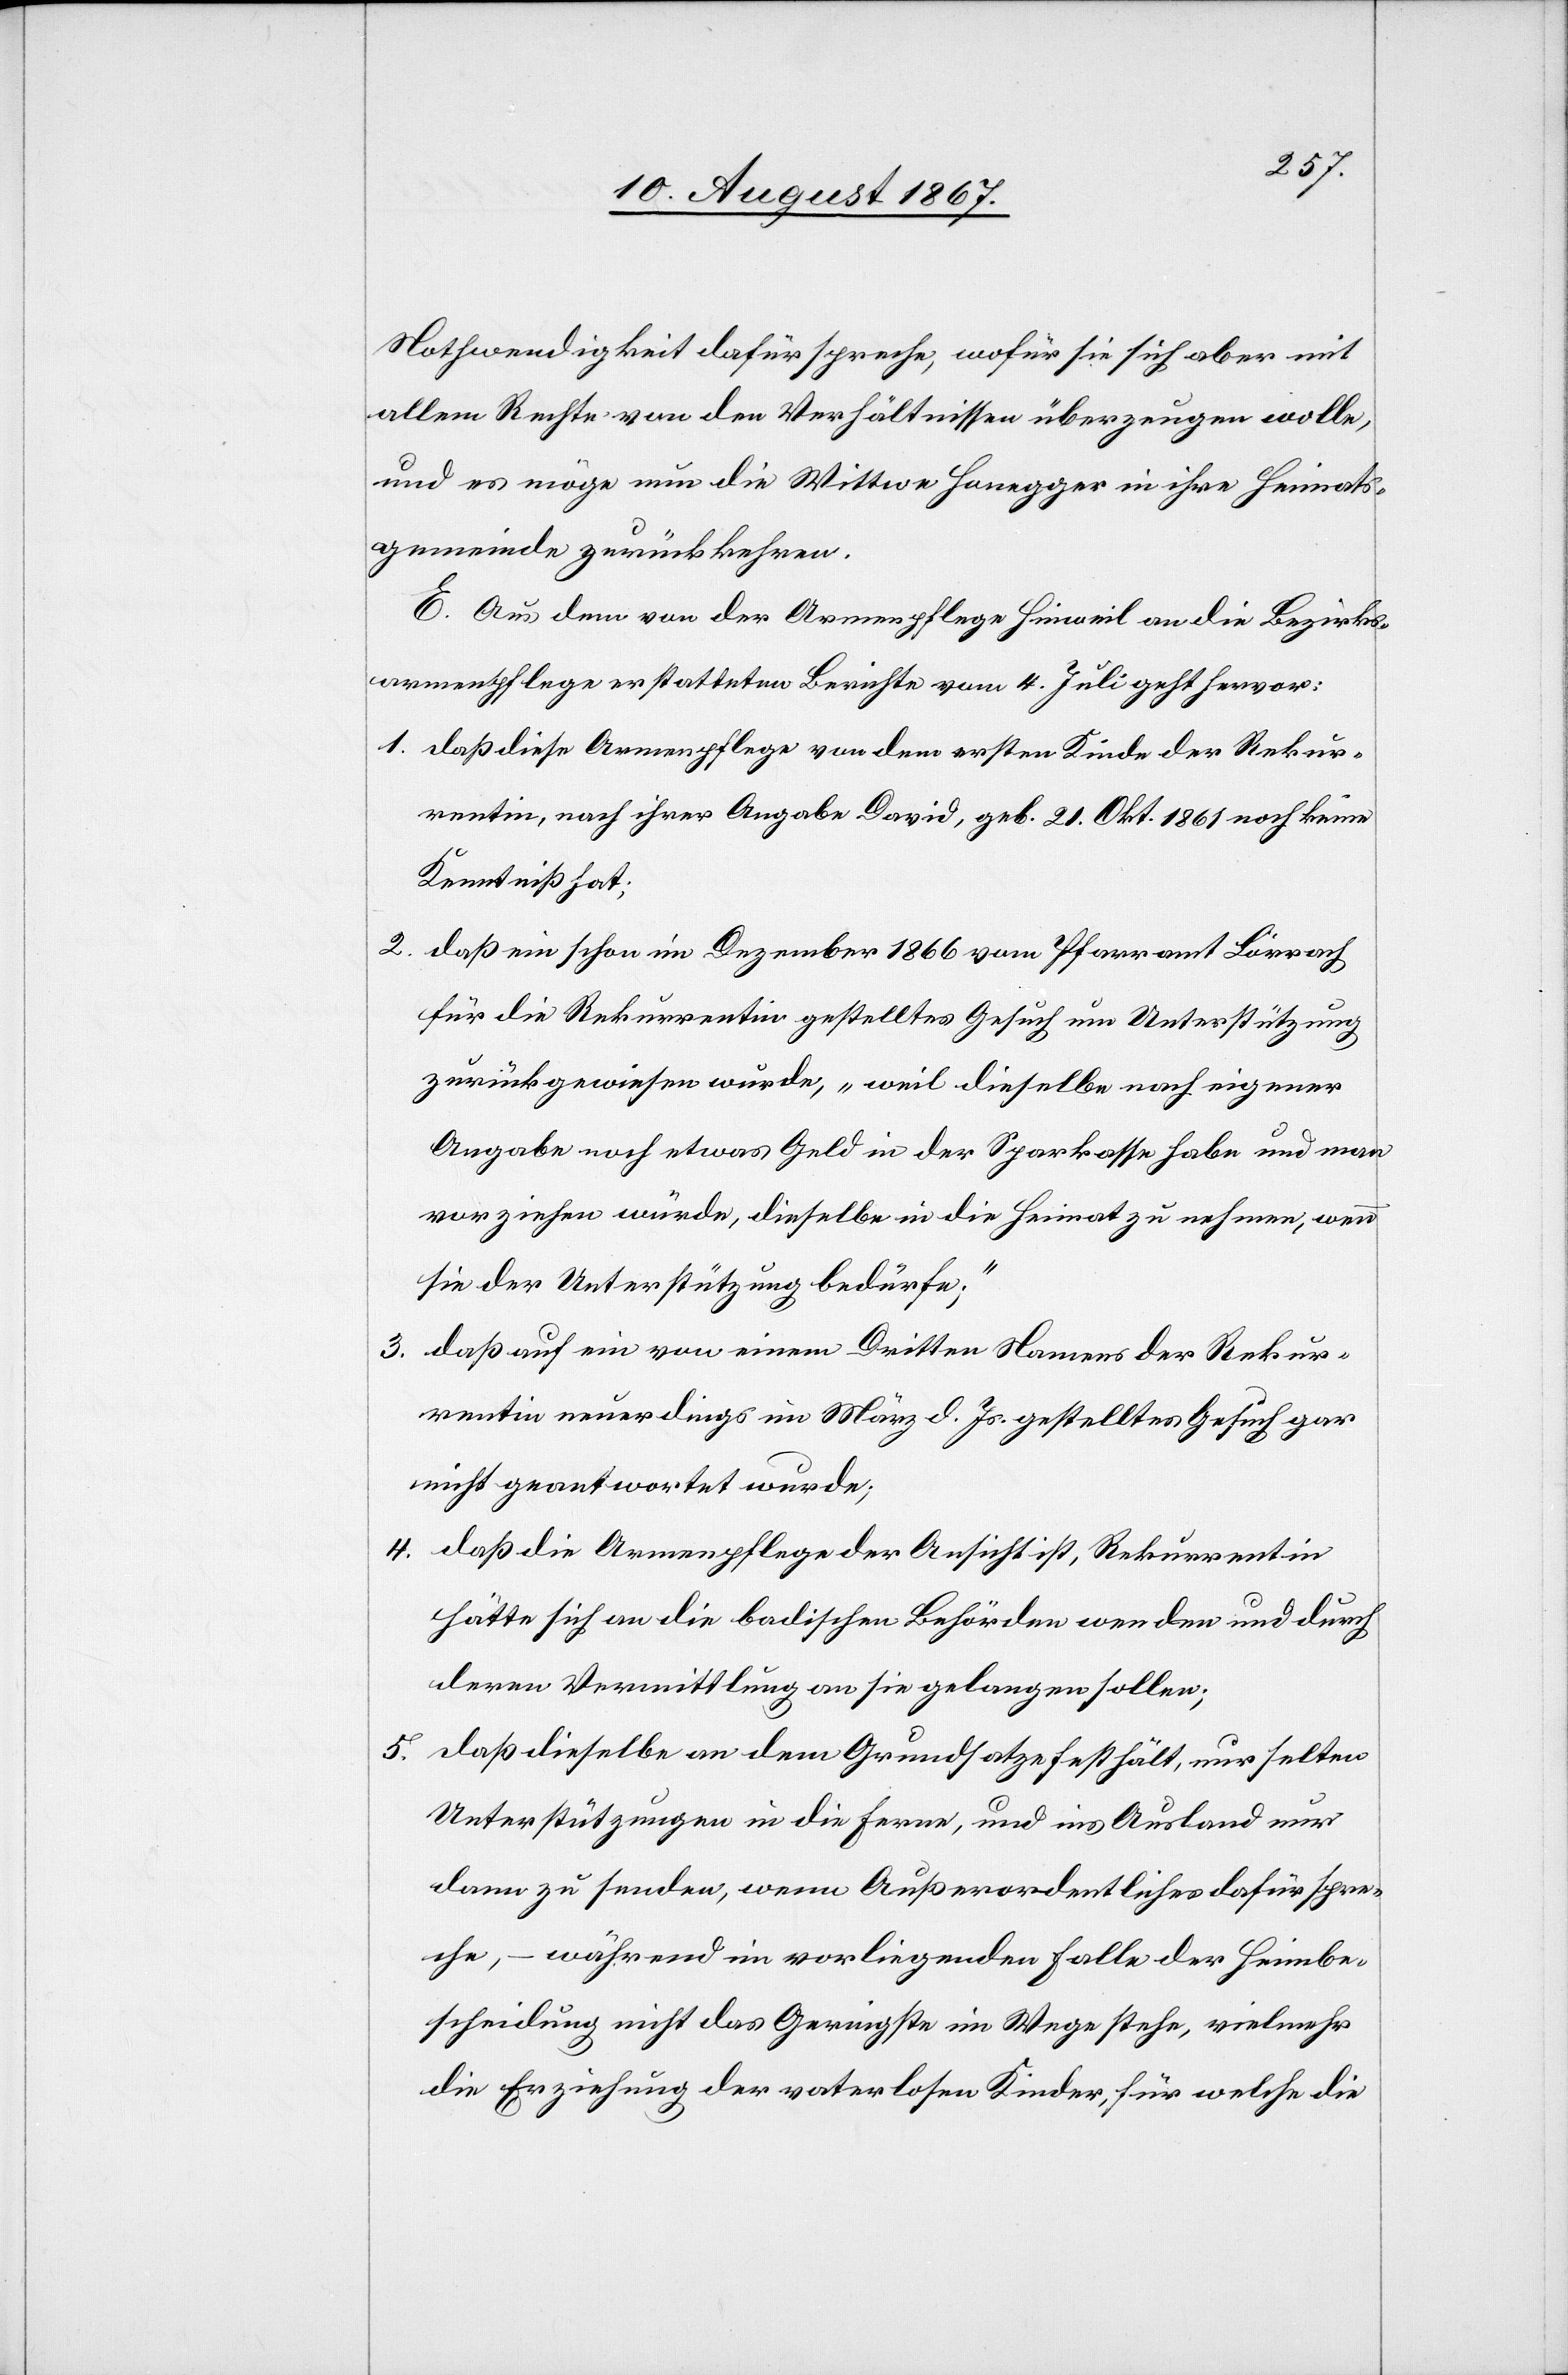
Nothwendigkeit dafür spreche, wofür sie sich aber mit
allem Rechte von den Verhältnissen überzeugen wolle,
und es möge nun die Wittwe Honegger in ihre Heimats¬
gemeinde zurückkehren.
E. Aus dem von der Armenpflege Hinweil an die Bezirks¬
armenpflege erstatteten Berichte vom 4. Juli geht hervor:
1. daß diese Armenpflege von dem ersten Kinde der Rekur¬
rentin, nach ihrer Angabe David, geb. 21. Okt. 1861 noch keine
Kenntniß hat;
2. daß ein schon im Dezember 1866 vom Pfarramt Lörrach
für die Rekurrentin gestelltes Gesuch um Unterstützung
zurückgewiesen wurde, „weil dieselbe nach eigener
Angabe noch etwas Geld in der Sparkasse habe und man
vorziehen würde, dieselbe in die Heimat zu nehmen, wenn
sie der Unterstützung bedürfe;“
3. daß auf ein von einem Dritten Namens der Rekur¬
rentin neuerdings im März d. Js. gestelltes Gesuch gar
nicht geantwortet wurde;
4. daß die Armenpflege der Ansicht ist, Rekurrentin
hätte sich an die badischen Behörden wenden und durch
deren Vermittlung an sie gelangen sollen;
5. daß dieselbe an dem Grundsatze festhält, nur selten
Unterstützungen in die Ferne, und ins Ausland nur
dann zu senden, wenn Außerordentliches dafür spre¬
che, – während im vorliegenden Falle der Heimbe¬
scheidung nicht das Geringste im Wege stehe, vielmehr
die Erziehung der vaterlosen Kinder, für welche die